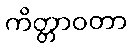
ကိတ္တာဝတာ